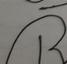
Signature authenticity: forged